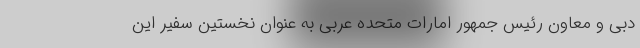
دبی و معاون رئیس جمهور امارات متحده عربی به عنوان نخستین سفیر این